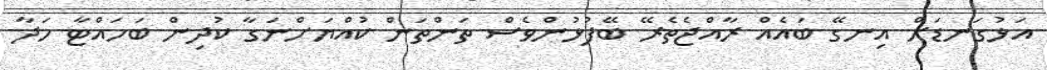
އަޅުގަނޑަށް އިނގޭ ބައެއް ރާއްޖެތެރޭ ބޭފުޅުންވެސް ތަންތަން ކުއްޔަށްނަގާ ކުދިން ބަހައްޓާ ހަދާ